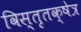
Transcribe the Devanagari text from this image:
विस्तृतक्षेत्र